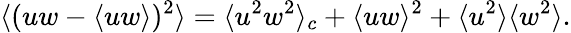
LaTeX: \langle(uw-\langle uw\rangle)^{2}\rangle=\langle u^{2}w^{2}\rangle_{c}+\langle uw\rangle^{2}+\langle u^{2}\rangle\langle w^{2}\rangle.